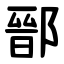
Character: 鄑